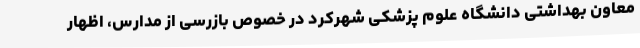
معاون بهداشتی دانشگاه علوم پزشکی شهرکرد در خصوص بازرسی از مدارس، اظهار